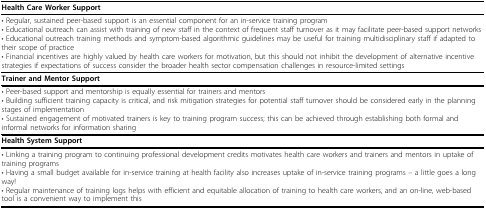
<table><thead><tr><td><b>Health Care Worker Support</b></td></tr></thead><tbody><tr><td>• Regular, sustained peer-based support is an essential component for an in-service training program• Educational outreach can assist with training of new staff in the context of frequent staff turnover as it may facilitate peer-based support networks• Educational outreach training methods and symptom-based algorithmic guidelines may be useful for training multidisciplinary staff if adapted to their scope of practice• Financial incentives are highly valued by health care workers for motivation, but this should not inhibit the development of alternative incentive strategies if expectations of success consider the broader health sector compensation challenges in resource-limited settings</td></tr><tr><td><b>Trainer and Mentor Support</b></td></tr><tr><td>• Peer-based support and mentorship is equally essential for trainers and mentors• Building sufficient training capacity is critical, and risk mitigation strategies for potential staff turnover should be considered early in the planning stages of implementation• Sustained engagement of motivated trainers is key to training program success; this can be achieved through establishing both formal and informal networks for information sharing</td></tr><tr><td><b>Health System Support</b></td></tr><tr><td>• Linking a training program to continuing professional development credits motivates health care workers and trainers and mentors in uptake of training programs• Having a small budget available for in-service training at health facility also increases uptake of in-service training programs – a little goes a long way!• Regular maintenance of training logs helps with efficient and equitable allocation of training to health care workers, and an on-line, web-based tool is a convenient way to implement this</td></tr></tbody></table>